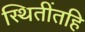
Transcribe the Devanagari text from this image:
स्थितींतहि